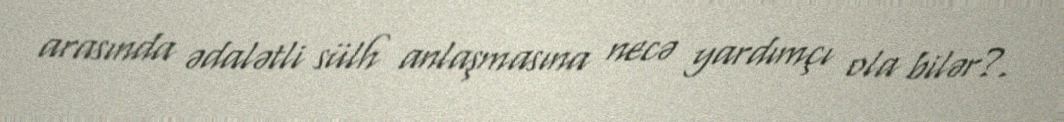
arasında ədalətli sülh anlaşmasına necə yardımçı ola bilər?.